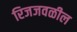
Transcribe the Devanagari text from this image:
रिजजवळील